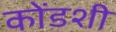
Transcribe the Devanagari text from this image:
कोंडशी